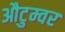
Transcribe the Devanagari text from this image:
औटुम्वर